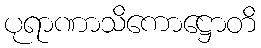
ပုရာဏာသိကောဋ္ဌောတိ